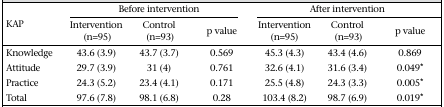
<table><thead><tr><td rowspan="2"><b>KAP</b></td><td colspan="3"><b>Before intervention</b></td><td colspan="3"><b>After intervention</b></td></tr><tr><td><b>Intervention (n=95)</b></td><td><b>Control (n=93)</b></td><td><b>p value</b></td><td><b>Intervention (n=95)</b></td><td><b>Control (n=93)</b></td><td><b>p value</b></td></tr></thead><tbody><tr><td>Knowledge</td><td>43.6 (3.9)</td><td>43.7 (3.7)</td><td>0.569</td><td>45.3 (4.3)</td><td>43.4 (4.6)</td><td>0.869</td></tr><tr><td>Attitude</td><td>29.7 (3.9)</td><td>31 (4)</td><td>0.761</td><td>32.6 (4.1)</td><td>31.6 (3.4)</td><td>0.049*</td></tr><tr><td>Practice</td><td>24.3 (5.2)</td><td>23.4 (4.1)</td><td>0.171</td><td>25.5 (4.8)</td><td>24.3 (3.3)</td><td>0.005*</td></tr><tr><td>Total</td><td>97.6 (7.8)</td><td>98.1 (6.8)</td><td>0.28</td><td>103.4 (8.2)</td><td>98.7 (6.9)</td><td>0.019*</td></tr></tbody></table>